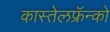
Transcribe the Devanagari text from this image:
कास्तेलफ्रॅन्को